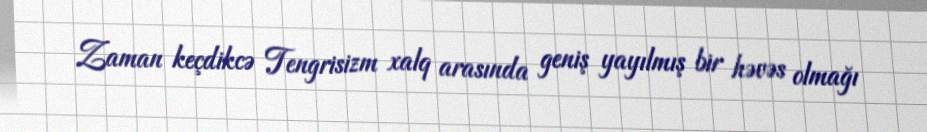
Zaman keçdikcə Tengrisizm xalq arasında geniş yayılmış bir həvəs olmağı